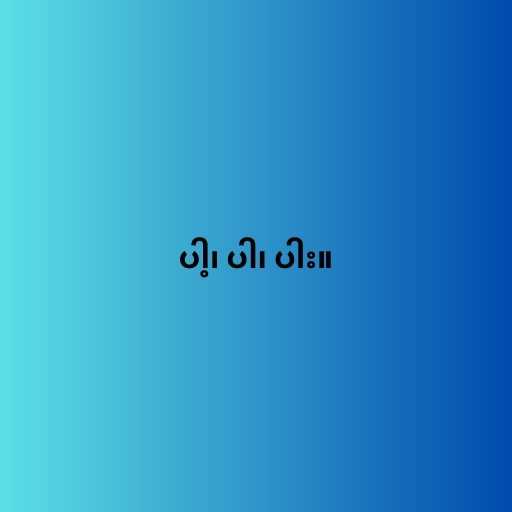
ပါ့၊ ပါ၊ ပါး။